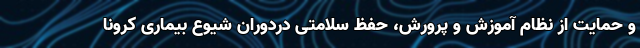
و حمایت از نظام آموزش و پرورش، حفظ سلامتی دردوران شیوع بیماری کرونا